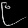
Digit: ၉